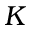
K